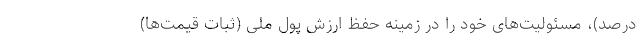
درصد)، مسئولیت‌های خود را در زمینه حفظ ارزش پول ملی (ثبات قیمت‌ها)